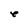
Character: e